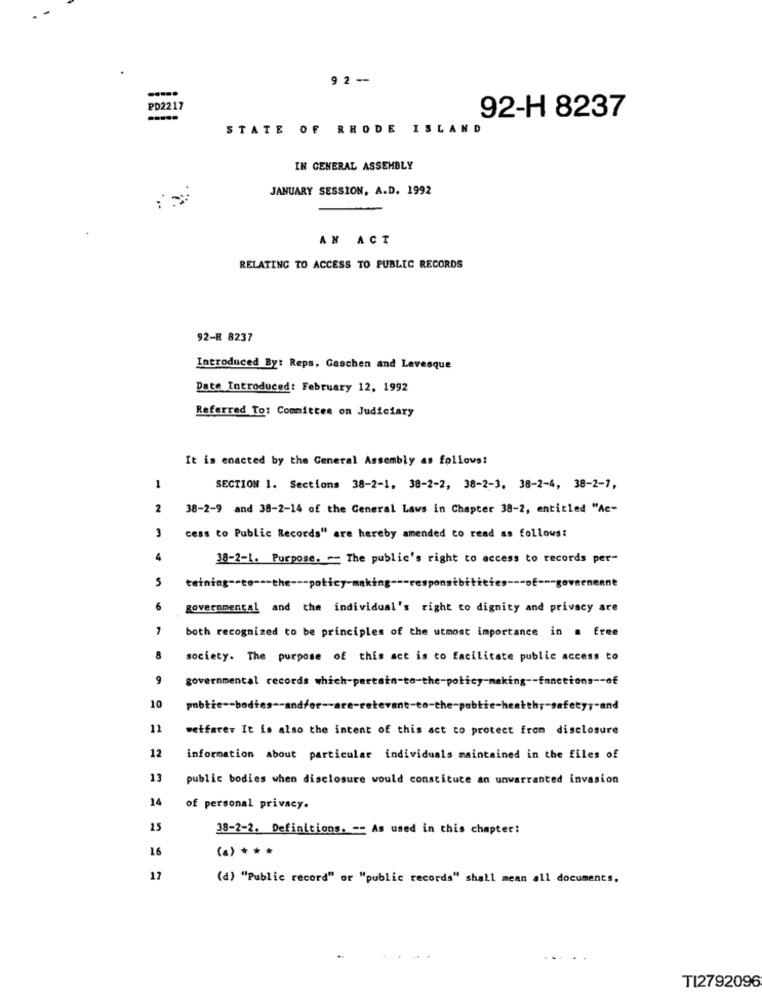
9 2 --
PD2217
-----
92-H 8237
STATE OF RHODE ISLAN
IN GENERAL ASSEMBLY
JANUARY SESSION, A.D. 1992
AN ACT
RELATING TO ACCESS TO PUBLIC RECORDS
92-H 8237
Introduced Byt Reps. Gaschen and Levesque
Date Introduced: February 12, 1992
Referred To: Committee on Judiciary
It is enacted by the General Assembly as follows:
1
SECTION 1. Sections 38-2-1, 38-2-2, 38-2-3. 38-2-4, 38-2-7,
2
38-2-9 and 38-2-14 of the General Laws in Chapter 38-2, entitled "Ac-
cess to Public Records" are hereby amended to read as follows:
4
38-2-1. Purpose. - The public's right to access to records per-
5
tetning -- to --- the --- policy-making --- responsibilities --- of --- government
6
governmental and the individual's right to dignity and privacy are
7
both recognized to be principles of the utmost importance in a free
8
society. The purpose of this act is to facilitate public access to
9
governmental records which-pertain-to-the-policy-making -- fanctions -- of
10
pubtic -- bodies -- andfor -- are-relevant-to-the-pubtie-healthy-safety ;- and
11
wetfarer It is also the intent of this act to protect from disclosure
12
information about particular individuals maintained in the files of
13
public bodies when disclosure would constitute an unwarranted invasion
24
of personal privacy.
25
38-2-2. Definitions. -- As used in this chapter:
16
(a) * **
17
(d) "Public record" or "public records" shall mean all documents,
TI2792096